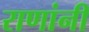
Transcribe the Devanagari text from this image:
राणांनी